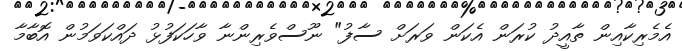
އެމެރިކާއިން ތާއީދު ކުރަން އެކަން ވަރަށް ސާފު" ނޫސްވެރިންނާ ވާހަކަފުޅު ދައްކަވަމުން އޮބާމާ